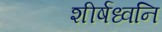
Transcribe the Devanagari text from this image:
शीर्षध्वनि